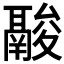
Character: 𩰽